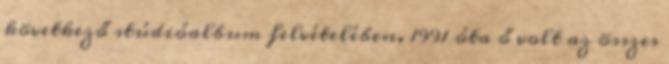
következő stúdióalbum felvételében. 1991 óta ő volt az összes